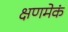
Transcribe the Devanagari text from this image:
क्षणमेकं